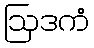
ဩဒကံ